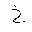
Letter: _kha